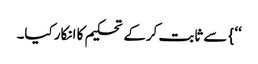
‘‘} سے ثابت کرکے تحکیم کا انکار کیا۔